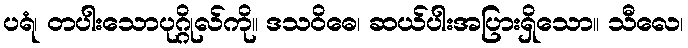
ပရံ၊ တပါးသောပုဂ္ဂိုလ်ကို။ ဒသဝိဓေ၊ ဆယ်ပါးအပြားရှိသော။ သီလေ၊